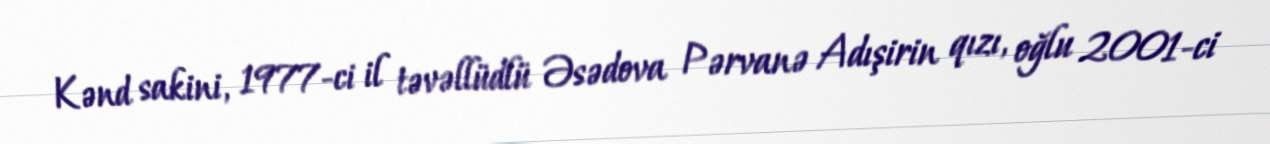
Kənd sakini, 1977-ci il təvəllüdlü Əsədova Pərvanə Adışirin qızı, oğlu 2001-ci